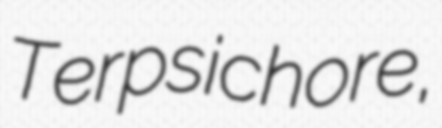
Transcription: Terpsichore,